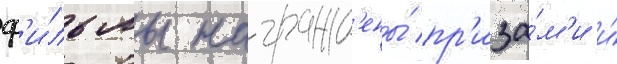
ф'и́льмы награжд'ены́ пр'иза́м'и и́